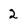
Character: 2